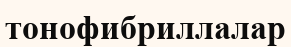
тонофибриллалар